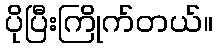
ပိုပြီးကြိုက်တယ်။